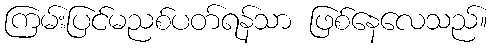
ကြမ်းပြင်မညစ်ပတ်ရန်သာ ဖြစ်နေလေသည်။